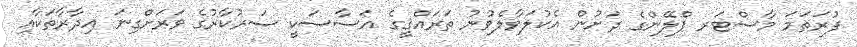
ފުރަތަމަ މާސްޓަރ ޕްލޭންގެ ދަށުން އެކުލަވާލެވުނު ތަރައްޤީގެ އަސާސަކީ ސަރުކާރުގެ ވަރަށްގިނަ އިދާރާތަކާއި